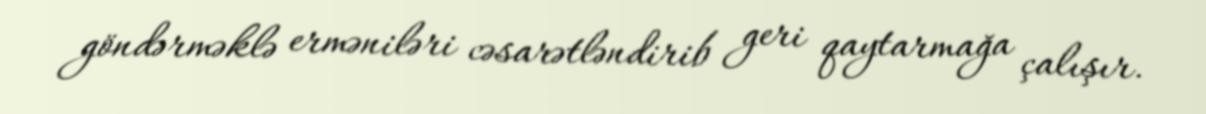
göndərməklə erməniləri cəsarətləndirib geri qaytarmağa çalışır.